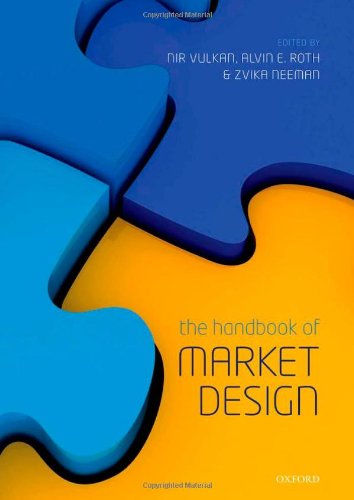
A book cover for The Handbook of Market Design; Nir Vulkan; Business & Money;